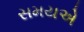
સમયએ